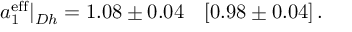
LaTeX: a _ { 1 } ^ { \mathrm { e f f } } | _ { D h } = 1 . 0 8 \pm 0 . 0 4 \quad [ 0 . 9 8 \pm 0 . 0 4 ] \, .